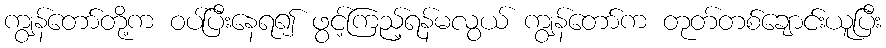
ကျွန်တော်တို့က ဝပ်ပြီးနေရ၍ ဖွင့်ကြည့်ရန်မလွယ် ကျွန်တော်က တုတ်တစ်ချောင်းယူပြီး